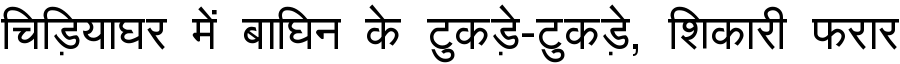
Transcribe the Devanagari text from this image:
चिड़ियाघर में बाघिन के टुकड़े-टुकड़े, शिकारी फरार